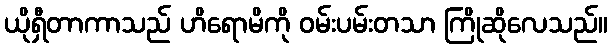
ယိုရှီတာကာသည် ဟိရောမိကို ဝမ်းပမ်းတသာ ကြိုဆိုလေသည်။